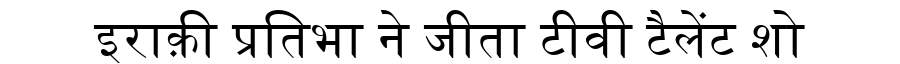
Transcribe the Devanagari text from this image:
इराक़ी प्रतिभा ने जीता टीवी टैलेंट शो